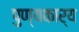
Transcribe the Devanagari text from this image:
पुण्यकार्य